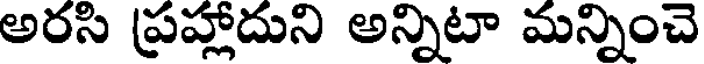
అరసి ప్రహ్లాదుని అన్నిటా మన్నించె